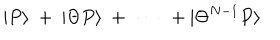
LaTeX: | P \rangle \ + \ | \Theta P \rangle \ + \ \cdots \ + | \Theta ^ { N - 1 } P \rangle